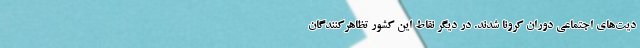
دیت‌های اجتماعی دوران کرونا شدند. در دیگر نقاط این کشور تظاهرکنندگان